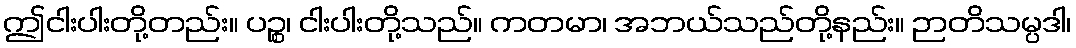
ဤငါးပါးတို့တည်း။ ပဉ္စ၊ ငါးပါးတို့သည်။ ကတမာ၊ အဘယ်သည်တို့နည်း။ ဉာတိသမ္ပဒါ၊